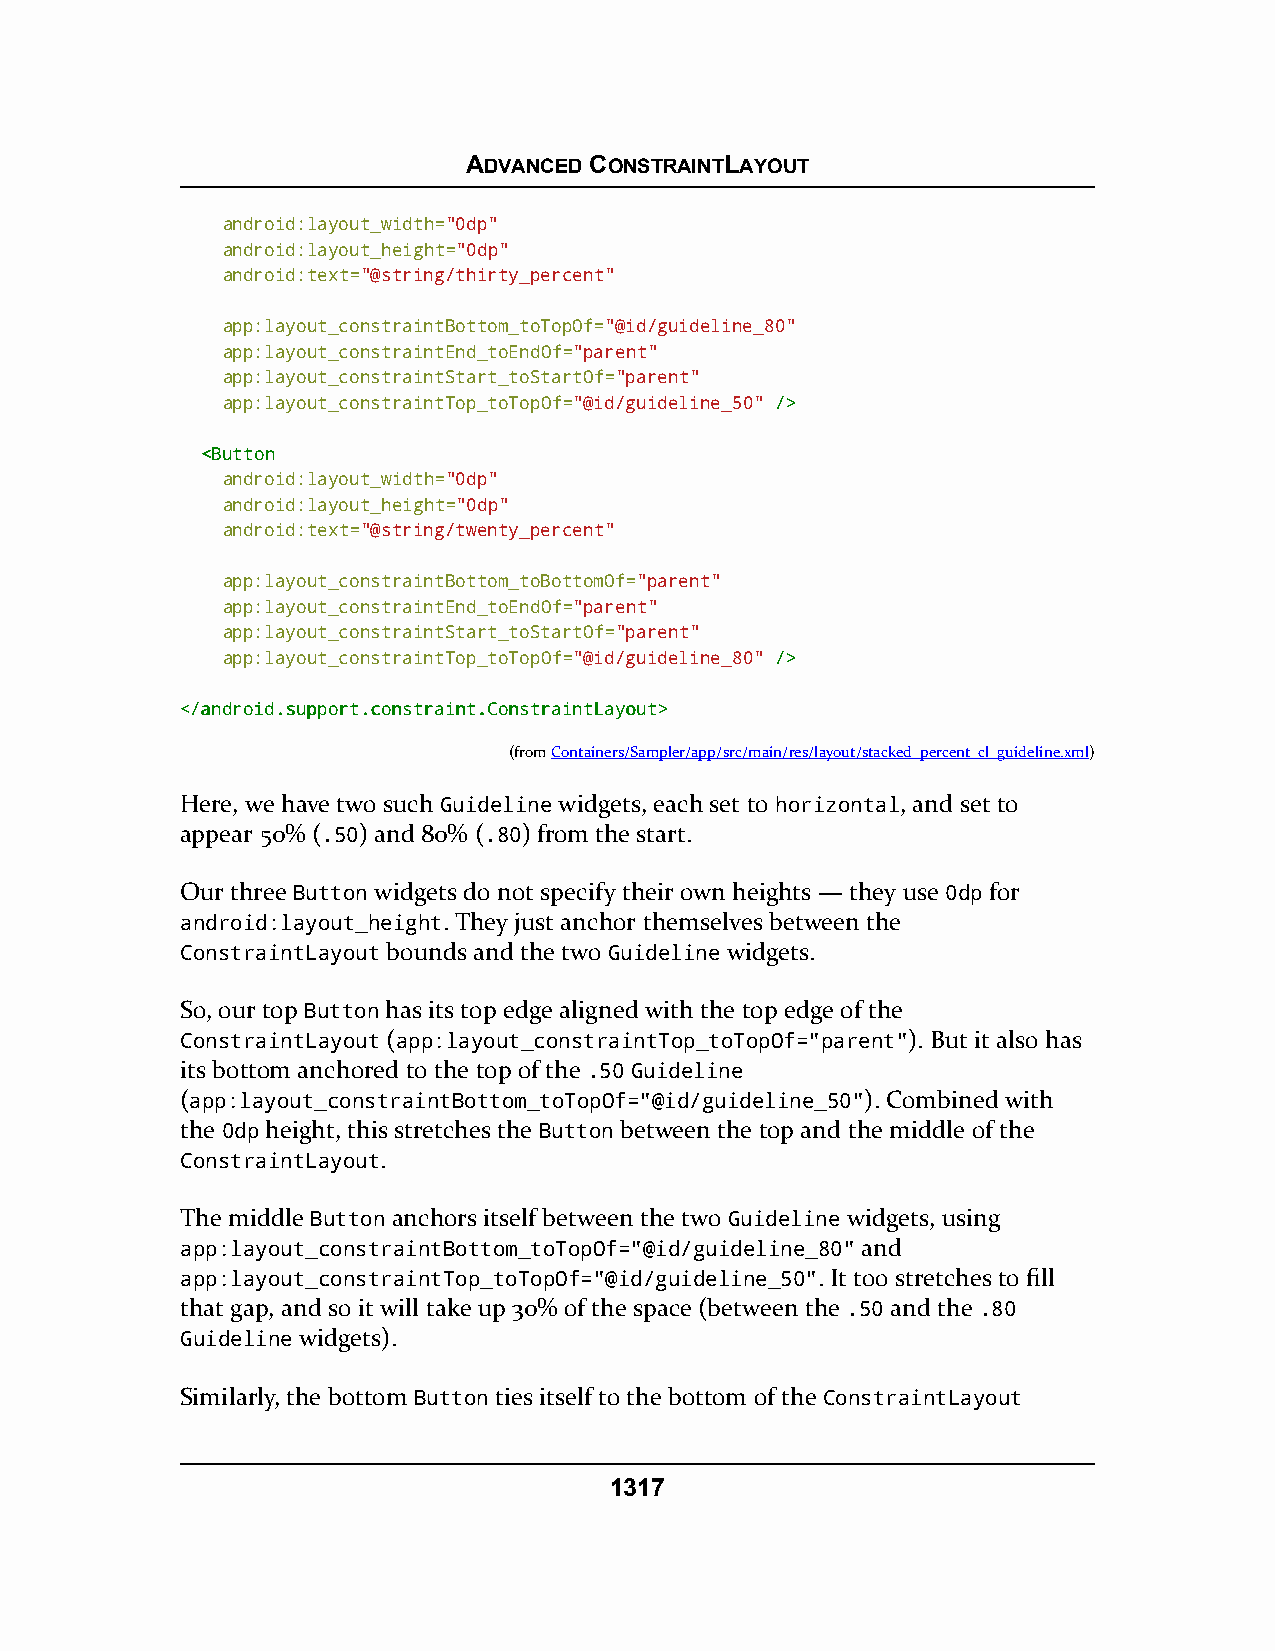
ADVANCED CONSTRAINTLAYOUT
 android:layout_width="0dp"
 android:layout_height="0dp"
 android:text="@string/thirty_percent"
 app:layout_constraintBottom_toTopOf="@id/guideline_80"
 app:layout_constraintEnd_toEndOf="parent"
 app:layout_constraintStart_toStartOf="parent"
 app:layout_constraintTop_toTopOf="@id/guideline_50" //>>
 <<BBuuttttoonn
 android:layout_width="0dp"
 android:layout_height="0dp"
 android:text="@string/twenty_percent"
 app:layout_constraintBottom_toBottomOf="parent"
 app:layout_constraintEnd_toEndOf="parent"
 app:layout_constraintStart_toStartOf="parent"
 app:layout_constraintTop_toTopOf="@id/guideline_80" //>>
 <<//aannddrrooiidd..ssuuppppoorrtt..ccoonnssttrraaiinntt..CCoonnssttrraaiinnttLLaayyoouutt>>
 (fromContainers/Sampler/app/src/main/res/layout/stacked_percent_cl_guideline.xml)
 Here, we have two such Guideline widgets, each set to horizontal, and set to
 appear 50% (.50) and 80% (.80) from the start.
 Our three Button widgets do not specify their own heights — they use 0dp for
 android:layout_height. They just anchor themselves between the
 ConstraintLayout bounds and the two Guideline widgets.
 So, our top Button has its top edge aligned with the top edge of the
 ConstraintLayout (app:layout_constraintTop_toTopOf="parent"). But it also has
 its bottom anchored to the top of the .50 Guideline
 (app:layout_constraintBottom_toTopOf="@id/guideline_50"). Combined with
 the 0dp height, this stretches the Button between the top and the middle of the
 ConstraintLayout.
 The middle Button anchors itself between the two Guideline widgets, using
 app:layout_constraintBottom_toTopOf="@id/guideline_80" and
 app:layout_constraintTop_toTopOf="@id/guideline_50". It too stretches to fill
 that gap, and so it will take up 30% of the space (between the .50 and the .80
 Guideline widgets).
 Similarly, the bottom Button ties itself to the bottom of the ConstraintLayout
 1317